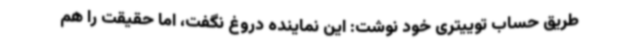
طریق حساب توییتری خود نوشت: این نماینده دروغ نگفت، اما حقیقت را هم